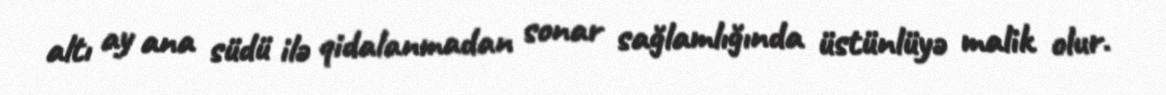
altı ay ana südü ilə qidalanmadan sonar sağlamlığında üstünlüyə malik olur.